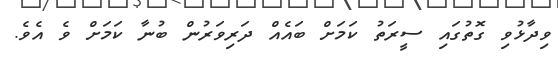
ވިދާޅުވި ގޮތުގައި ސީރަތު ކަމަށް ބައެއް ދަރިވަރުން ބުނާ ކަމަށް ވެ އެވެ.